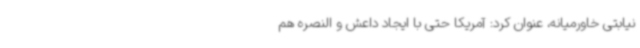
نیابتی خاورمیانه، عنوان کرد: آمریکا حتی با ایجاد داعش و النصره هم